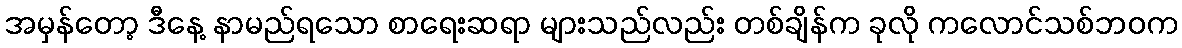
အမှန်တော့ ဒီနေ့ နာမည်ရသော စာရေးဆရာ များသည်လည်း တစ်ချိန်က ခုလို ကလောင်သစ်ဘဝက